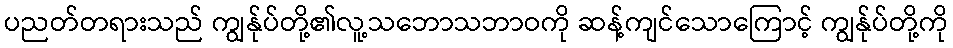
ပညတ်တရားသည် ကျွန်ုပ်တို့၏လူ့သဘောသဘာဝကို ဆန့်ကျင်သောကြောင့် ကျွန်ုပ်တို့ကို